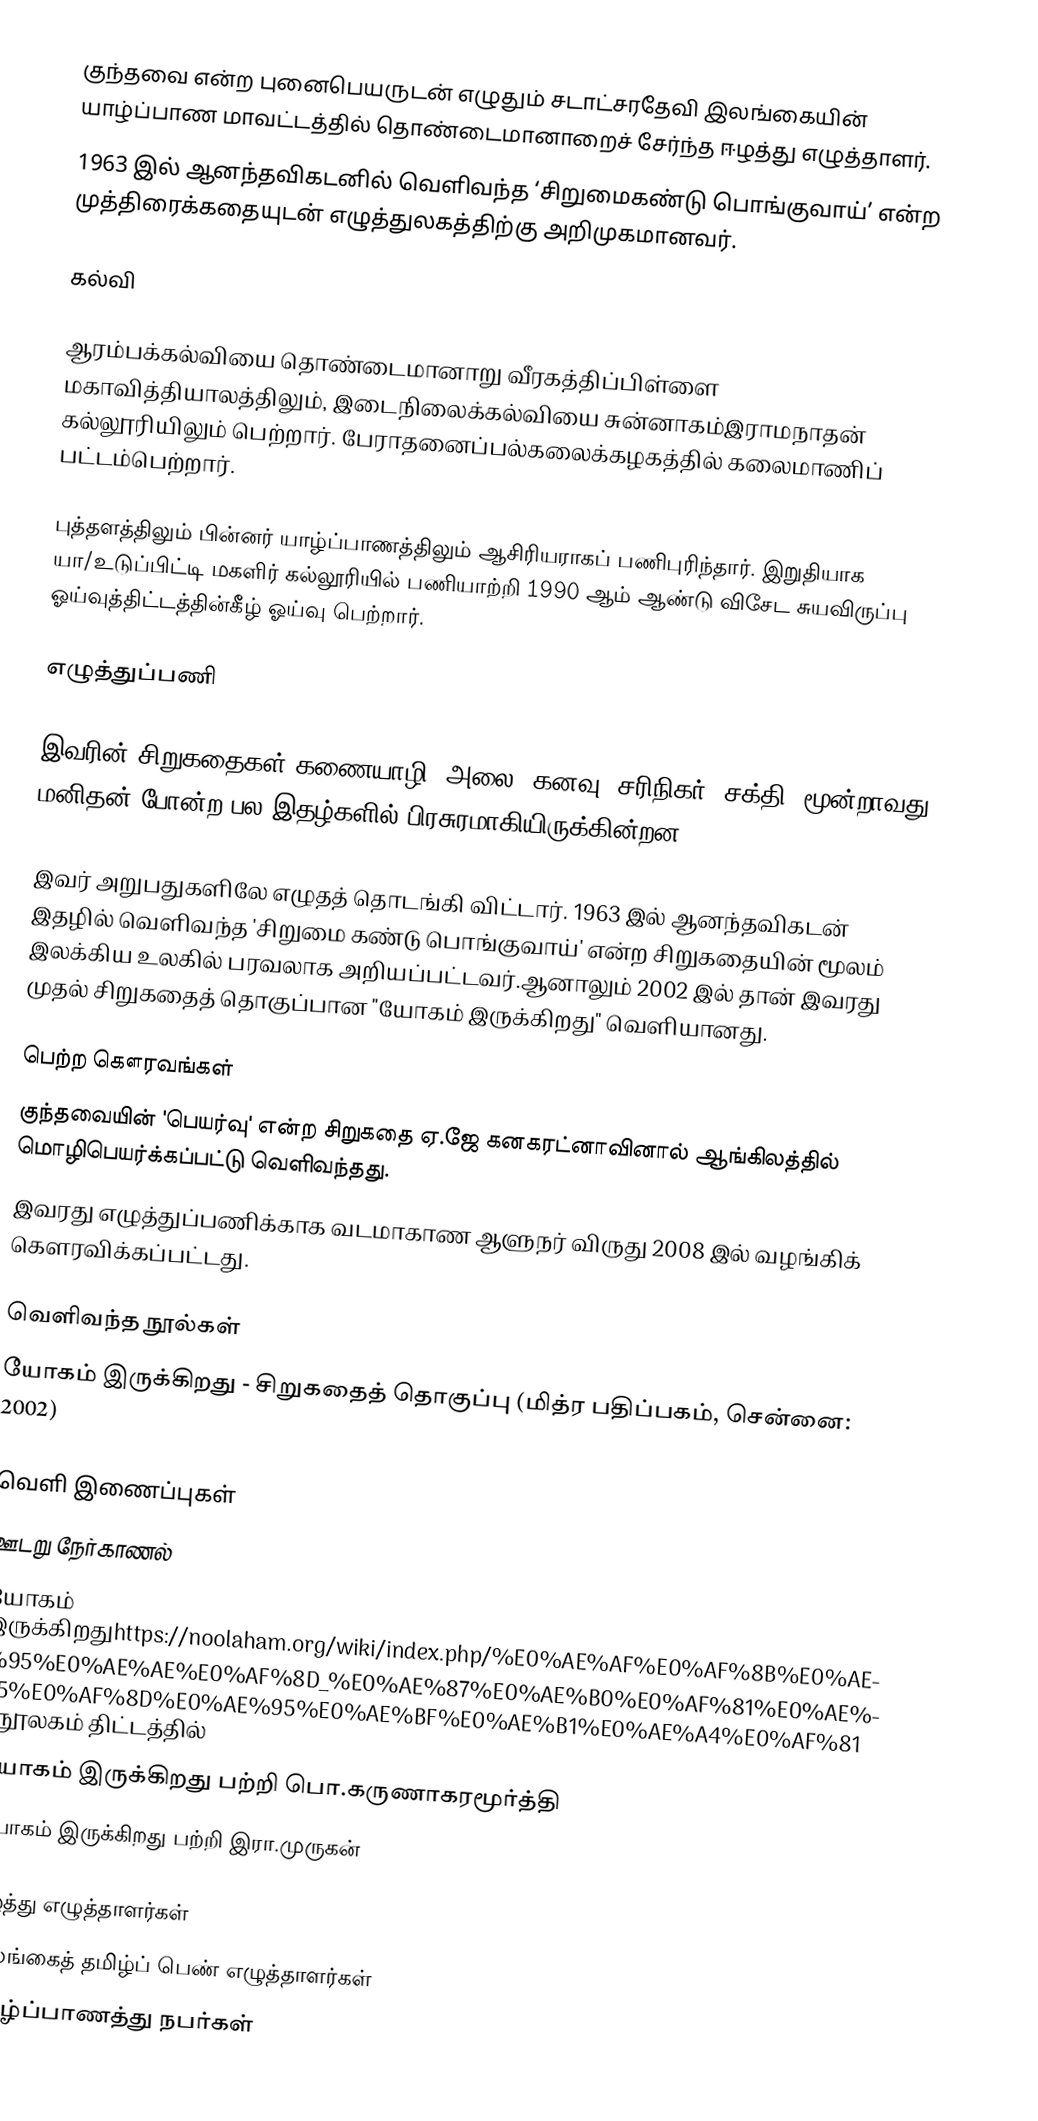
குந்தவை என்ற புனைபெயருடன் எழுதும் சடாட்சரதேவி இலங்கையின் யாழ்ப்பாண மாவட்டத்தில்  தொண்டைமானாறைச் சேர்ந்த ஈழத்து எழுத்தாளர்.
1963 இல் ஆனந்தவிகடனில் வெளிவந்த ‘சிறுமைகண்டு பொங்குவாய்’ என்ற முத்திரைக்கதையுடன் எழுத்துலகத்திற்கு அறிமுகமானவர்.

கல்வி

ஆரம்பக்கல்வியை தொண்டைமானாறு வீரகத்திப்பிள்ளை மகாவித்தியாலத்திலும், இடைநிலைக்கல்வியை சுன்னாகம்இராமநாதன் கல்லூரியிலும் பெற்றார். பேராதனைப்பல்கலைக்கழகத்தில் கலைமாணிப் பட்டம்பெற்றார்.

புத்தளத்திலும் பின்னர் யாழ்ப்பாணத்திலும் ஆசிரியராகப் பணிபுரிந்தார். இறுதியாக யா/உடுப்பிட்டி மகளிர் கல்லூரியில் பணியாற்றி 1990 ஆம் ஆண்டு விசேட சுயவிருப்பு ஓய்வுத்திட்டத்தின்கீழ் ஓய்வு பெற்றார்.

எழுத்துப்பணி

இவரின் சிறுகதைகள் கணையாழி, அலை, கனவு,  சரிநிகர், சக்தி, மூன்றாவது மனிதன் போன்ற பல இதழ்களில் பிரசுரமாகியிருக்கின்றன.

இவர் அறுபதுகளிலே எழுதத் தொடங்கி விட்டார். 1963 இல் ஆனந்தவிகடன் இதழில் வெளிவந்த 'சிறுமை கண்டு பொங்குவாய்' என்ற சிறுகதையின் மூலம் இலக்கிய உலகில் பரவலாக அறியப்பட்டவர்.ஆனாலும் 2002 இல் தான் இவரது முதல் சிறுகதைத் தொகுப்பான "யோகம் இருக்கிறது" வெளியானது.

பெற்ற கௌரவங்கள்
 குந்தவையின் 'பெயர்வு' என்ற சிறுகதை ஏ.ஜே கனகரட்னாவினால் ஆங்கிலத்தில் மொழிபெயர்க்கப்பட்டு வெளிவந்தது.
 இவரது எழுத்துப்பணிக்காக  வடமாகாண ஆளுநர் விருது 2008 இல் வழங்கிக் கௌரவிக்கப்பட்டது.

வெளிவந்த நூல்கள்
 யோகம் இருக்கிறது - சிறுகதைத் தொகுப்பு (மித்ர பதிப்பகம், சென்னை: 2002)

வெளி  இணைப்புகள்
ஊடறு நேர்காணல்
 யோகம் இருக்கிறதுhttps://noolaham.org/wiki/index.php/%E0%AE%AF%E0%AF%8B%E0%AE%95%E0%AE%AE%E0%AF%8D_%E0%AE%87%E0%AE%B0%E0%AF%81%E0%AE%95%E0%AF%8D%E0%AE%95%E0%AE%BF%E0%AE%B1%E0%AE%A4%E0%AF%81  - நூலகம் திட்டத்தில்
 யோகம் இருக்கிறது பற்றி பொ.கருணாகரமூர்த்தி
 யோகம் இருக்கிறது பற்றி இரா.முருகன்

ஈழத்து எழுத்தாளர்கள்
இலங்கைத் தமிழ்ப் பெண் எழுத்தாளர்கள்
யாழ்ப்பாணத்து நபர்கள்